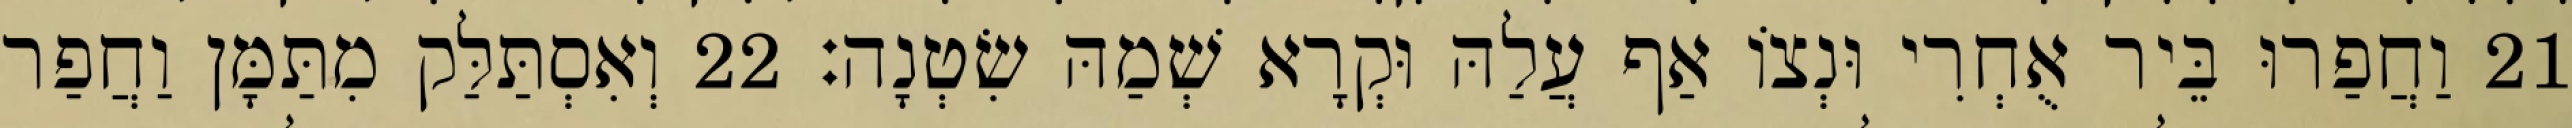
21 וַחֲפַרוּ בֵּיר אֻחְרִי וּנְצוֹ אַף עֲלַהּ וּקְרָא שְׁמַהּ שִׂטְנָה׃ 22 וְאִסְתַּלַּק מִתַּמָּן וַחֲפַר